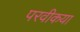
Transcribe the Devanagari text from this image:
परवीकया